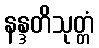
နန္ဒတိသုတ္တံ